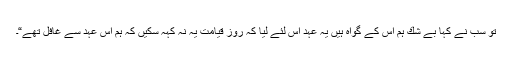
تو سب نے كہا بے شك ہم اس كے گواہ ہيں يہ عہد اس لئے ليا كہ روز قيامت يہ نہ كہہ سكيں كہ ہم اس عہد سے غافل تھے“۔